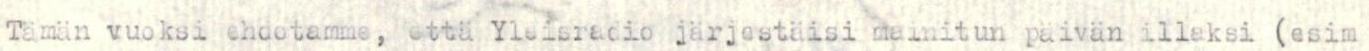
Tämän vuoksi ehdotamme, että Yleisradio järjestäisi mainitun päivän illaksi (esim